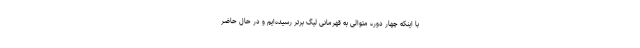
با اینکه چهار دوره متوالی به قهرمانی لیگ برتر رسیده‌ایم و در حال حاضر